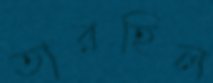
তারহিল